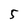
Character: 5